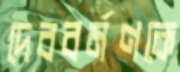
দেববর্মণকে